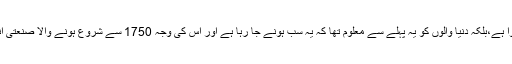
موسمی تبدیلی اور ان سے ہونے والے نقصانات یہ سب اچانک نہیں ہوا ہے،بلکہ دنیا والوں کو یہ پہلے سے معلوم تھا کہ یہ سب ہونے جا رہا ہے اور اس کی وجہ 1750 سے شروع ہونے والا صنعتی انقلاب ہے ،عالمی جنگوں نے دنیا کے موحول کو تباہ و برباد کیا ہے۔